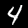
Digit: 4